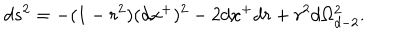
LaTeX: d s ^ { 2 } = - ( 1 - r ^ { 2 } ) ( d x ^ { + } ) ^ { 2 } - 2 d x ^ { + } d r + r ^ { 2 } d \Omega _ { d - 2 } ^ { 2 } .